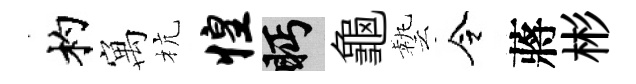
杓寓杭惶眄龜藝令蔣彬